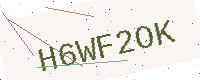
Text: H6WF2OK